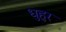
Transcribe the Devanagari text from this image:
धुहुर